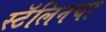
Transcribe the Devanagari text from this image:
स्टॅलिनचा